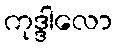
ကုဒ္ဒါလော